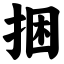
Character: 捆